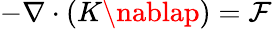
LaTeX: -\nabla\cdot(K\nablap)=\mathcal{F}